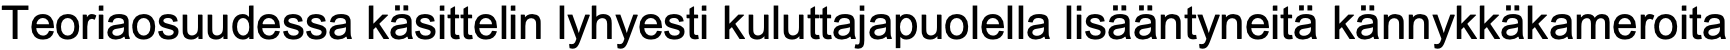
Teoriaosuudessa käsittelin lyhyesti kuluttajapuolella lisääntyneitä kännykkäkameroita